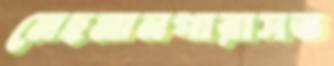
মেহমানপারাসত